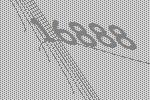
16888